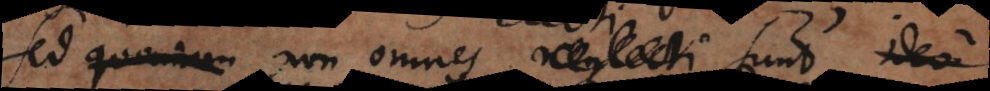
Sed quoniam non omnes neglecti sunt ideo